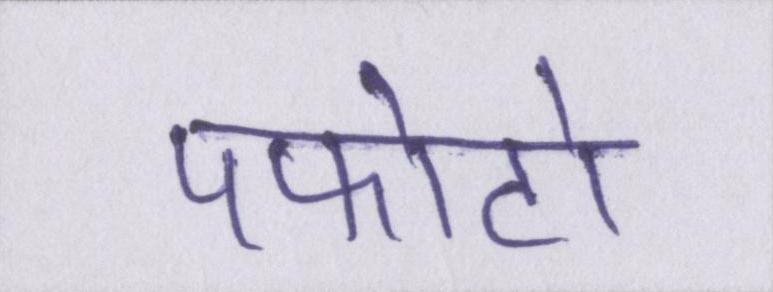
पफोटो